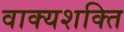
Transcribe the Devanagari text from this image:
वाक्यशक्ति